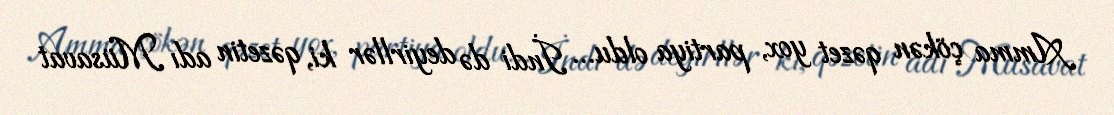
Amma çökən qəzet yox, partiya oldu... İndi də deyirllər ki, qəzetin adı Müsavat